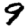
Digit: 9